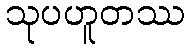
သုပဟူတဿ